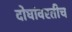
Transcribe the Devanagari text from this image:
दोघांवरतीच